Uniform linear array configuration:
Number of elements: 64
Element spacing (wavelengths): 1
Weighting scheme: kaiser
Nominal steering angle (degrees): -60
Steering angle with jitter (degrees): -61.142
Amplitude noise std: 0.05
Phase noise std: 0.05

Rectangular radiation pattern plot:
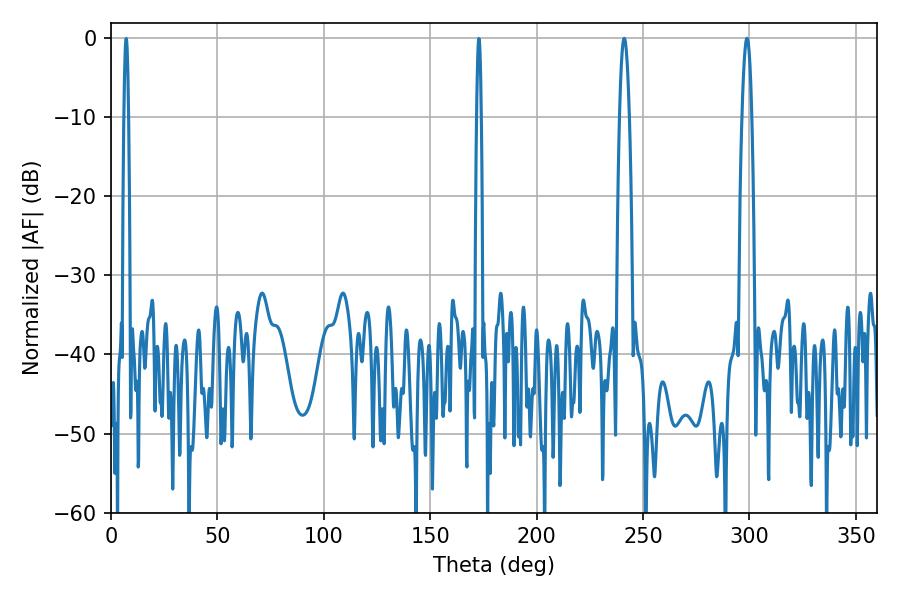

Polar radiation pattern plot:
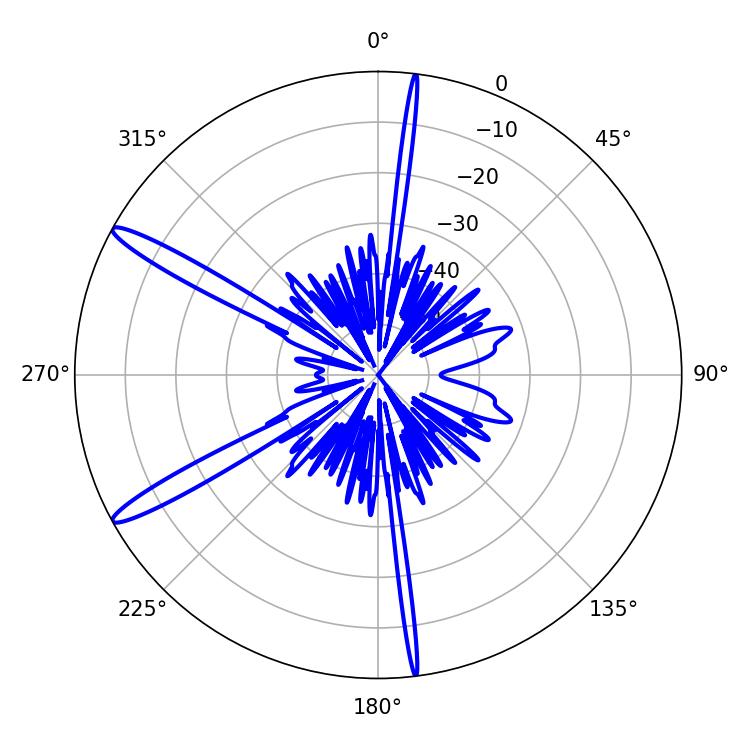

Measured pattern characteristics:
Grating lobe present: TRUE
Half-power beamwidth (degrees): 2.52
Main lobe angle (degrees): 298.8